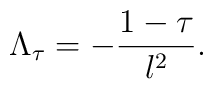
\Lambda_\tau = - {1 -\tau \over l^2}.